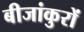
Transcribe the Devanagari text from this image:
बीजांकुरों